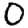
Digit: 0